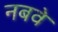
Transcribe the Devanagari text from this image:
नबवे